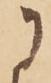
に